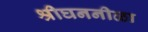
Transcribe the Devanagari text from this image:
श्रीघननीळा